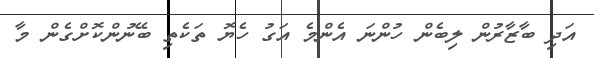
އަދި ބާޒާރުން ލިބެން ހުންނަ އެންމެ އަގު ހެޔޮ ތަކެތި ބޭނުންކޮށްގެން މާ